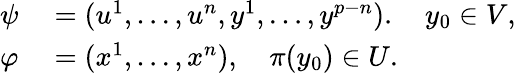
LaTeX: \begin{array}{rl}{\psi}&{{}=(u^{1},\dots,u^{n},y^{1},\dots,y^{p-n}).\quad y_{0}\in V,}\\ {\varphi}&{{}=(x^{1},\dots,x^{n}),\quad\pi(y_{0})\in U.}\end{array}